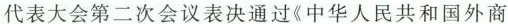
代表大会第二次会议表决通过《中华人民共和国外商